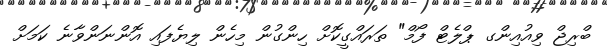
ބްރިޖް ވިއުއިންގ ޕްލެޓް ފޯމް" ތަރައްގީކޮށް ހިންގުން މިހެން ލިޔެފައި އޮންނަންވާނެ ކަމަށް